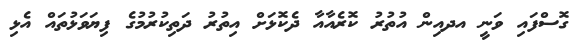
ގޮސްފައި ވަނީ އދއިން އުތުރު ކޮރެއާއާ ދެކޮޅަށް އިތުރު ދަތިކުރުމުގެ ފިޔަވަޅުތައް އެޅި